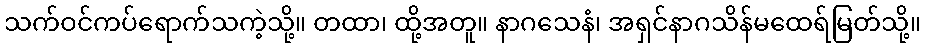
သက်ဝင်ကပ်ရောက်သကဲ့သို့။ တထာ၊ ထို့အတူ။ နာဂသေနံ၊ အရှင်နာဂသိန်မထေရ်မြတ်သို့။